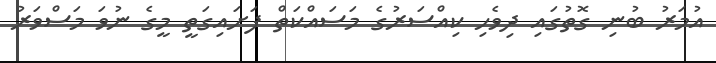
އުމަރު ބުނި ގޮތުގައި ދިވެހި ކިއްސަރުގެ މަސައްކަތް ފަށައިގަތީ މީގެ ނުވަ މަސްވަރު